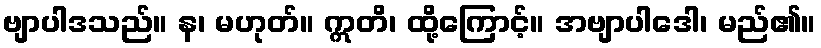
ဗျာပါဒသည်။ န၊ မဟုတ်။ ဣတိ၊ ထို့ကြောင့်။ အဗျာပါဒေါ၊ မည်၏။